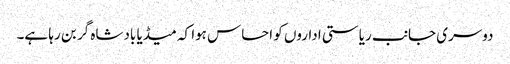
دوسری جانب ریاستی اداروں کو احساس ہوا کہ میڈیا بادشاہ گر بن رہا ہے۔